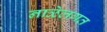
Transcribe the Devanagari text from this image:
नाळेलगत